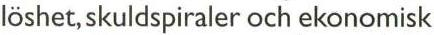
löshet, skuldspiraler och ekonomisk